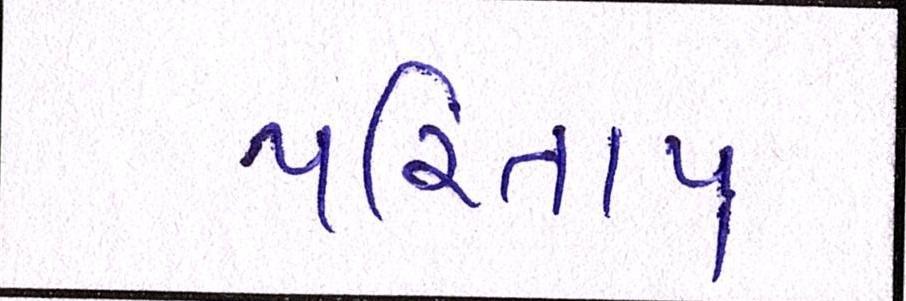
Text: પરિતાપ